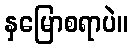
နှမြောစရာပဲ။